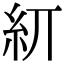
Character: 𥾎